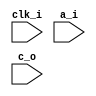
/*------------------------------------------------------------------------------

 * 
 *
 * Copyright (C) 2023
 *
 * This program is free software; you can redistribute it and/or modify
 * it under the terms of the GNU General Public License as published by
 * the Free Software Foundation; either version 3 of the License, or
 * (at your option) any later version.
 *
 * This program is distributed in the hope that it will be useful,
 * but WITHOUT ANY WARRANTY; without even the implied warranty of
 * MERCHANTABILITY or FITNESS FOR A PARTICULAR PURPOSE.  See the
 * GNU General Public License for more details.
 *
 * You should have received a copy of the GNU General Public License
 * along with this program; if not, write to the Free Software Foundation,
 * Inc., 51 Franklin Street, Fifth Floor, Boston, MA 02110-1301  USA
 *

File        : hqc_barrett.v
Author      : Ma'Muri, Sanjay Deshpande

Description : Implement barret reduction for HQC


Based on algorithm:
---
Reduction N

Input: a and m=floor(2^k/N)+1 = 475, k=23

Output: c = a mod q

1. t <-- (a<<8 + 3a<<6 + 3a<<3 + 3a) >>23   --- m*a<<k
2. c <-- a - (t<<14 + 5t<<8 + 5t)           --- a - t*N
3. if (c <0 )
4.   c <-- c+N
5. end if
6. return c
---
------------------------------------------------------------------------------*/

// `ifdef NO_DSP
(* use_dsp48 = "no" *)
// `endif

module hqc_barrett_red 
        #(    
           parameter parameter_set ="hqc128",
           parameter N = (parameter_set == "hqc128")? 17_669:
				          (parameter_set == "hqc192")? 35_851:
			              (parameter_set == "hqc256")? 57_637: 
                                                       17_669,
                                                       
           parameter M = (parameter_set == "hqc128")? 15:
				         (parameter_set == "hqc192")? 16:
			             (parameter_set == "hqc256")? 16: 
                                                      15
                                                                                              
        )
        (input clk_i, 
        input [23:0] a_i, 
        input [M-1:0] c_o);
        

generate
    if (parameter_set =="hqc128") begin
    
        reg     [23:0]  a_r;
        wire    [25:0]      a3;     //3*a
        wire    [29:0]      a37;    //37*a
        wire    [32:0]      a475;   //475*a
        reg     [9:0]       t;      //a475>>23
        wire    [12:0]      t5;     //5*t
        wire    [24:0]      tN;     //t*N
        reg     [15:0]      c_temp; //a-tN
        wire    [16:0]      cN;     //c_temp+N
        
        always @(posedge clk_i)
          a_r <= a_i;
        
        
        // assign a475 = 475*a_r;
        
        assign a37 = {a_i, 5'd0} + {a_i, 2'd0} + a_i;
        assign a475 = {a_i, 9'd0} - a37;
        
        always @(posedge clk_i)
          t <= a475[32:23];     //a475>>23
        
        // assign tN = t*N;
        
        assign t5 = {t, 2'd0} + t;
        
        assign  tN = {t, 14'd0} + {t5, 8'd0} + t5;
        
        always @(posedge clk_i)
          c_temp <= a_r[15:0] - tN[15:0]; //a-t*N
          
        assign cN = c_temp[14:0] + N;
        
        //Check if c_temp < 0
        assign c_o = c_temp[15]? cN[14:0] : c_temp[14:0];
     end
    
    else if(parameter_set == "hqc192") begin
        reg     [23:0]   a_r;
        wire    [25:0]      a3;     //7*a
        wire    [23+4:0] a11;    //11*a
        wire    [23+7:0] a117;   //117*a
        reg     [9:0]    t;      //a117>>23
        wire    [9+11:0] t1029;     //1029*t
        wire    [24:0]      tN;     //t*N
        reg     [16:0]      c_temp; //a-tN
        wire    [17:0]      cN;     //c_temp+N
        
        always @(posedge clk_i)
          a_r <= a_i;
        // assign a117 = 117*a_r;
        
        // all = (a<<3) + (a<<1) + a)
        assign a11 = {a_i, 3'd0} + {a_i, 1'd0} + a_i;
        
        //a117 = (a<<7) - a11
        assign a117 = {a_i, 7'd0} - a11;
        
        
        always @(posedge clk_i)
          t <= a117[30:22];     //a117>>22
        
        // assign tN = t*N; t*35851 = t*36880 - t*1029
        assign t1029 = {t, 10'd0} + {t, 2'd0} +  t;
        assign  tN = ({t, 15'd0} + {t, 12'd0} + {t, 4'd0}) - t1029;
        
        always @(posedge clk_i)
          c_temp <= a_r[16:0] - tN[16:0]; //a-t*N
        
        assign cN = c_temp[15:0] + N;
        
        //Check if c_temp < 0
        assign c_o = c_temp[16]? cN[15:0] : c_temp[15:0];
    end
    
    else if (parameter_set == "hqc256") begin
        reg     [23:0]   a_r;
        wire    [23+7:0] a73;   //117*a
        reg     [9:0]    t;      //a117>>23
        wire    [9+13:0] t8192;     //1029*t
        wire    [24:0]      tN;     //t*N
        reg     [16:0]      c_temp; //a-tN
        wire    [17:0]      cN;     //c_temp+N
        
        always @(posedge clk_i)
          a_r <= a_i;
        // assign a73 = 73*a_r;
        
        //a73 = (a<<6)+(a<<3)+ a
        assign a73 = {a_i, 6'd0} + {a_i, 3'd0} + a_i;
        
        
        always @(posedge clk_i)
          t <= a73[30:22];     //a117>>22
        
        // assign tN = t*N; t*35851 = t*65829 - t*8192
        assign t8192 = {t, 13'd0};
        assign  tN = ({t, 16'd0} + {t, 8'd0} + {t, 5'd0}+ {t, 2'd0} + t) - t8192;
        
        always @(posedge clk_i)
          c_temp <= a_r[16:0] - tN[16:0]; //a-t*N
        
        assign cN = c_temp[15:0] + N;
        
        //Check if c_temp < 0
        assign c_o = c_temp[16]? cN[15:0] : c_temp[15:0];
     end
endgenerate

endmodule